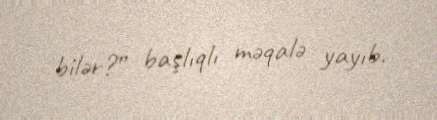
bilər?” başlıqlı məqalə yayıb.